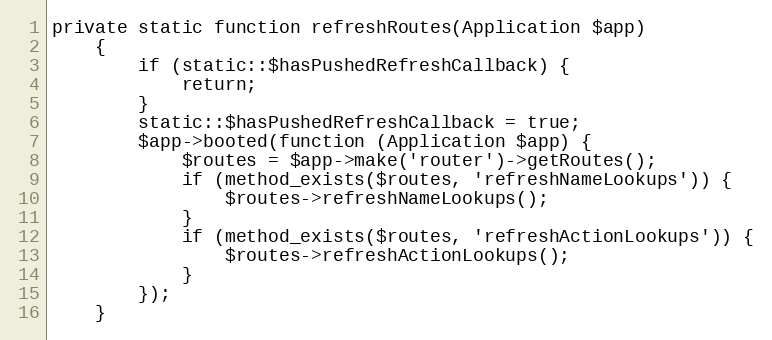
Language: PHP
private static function refreshRoutes(Application $app)
    {
        if (static::$hasPushedRefreshCallback) {
            return;
        }
        static::$hasPushedRefreshCallback = true;
        $app->booted(function (Application $app) {
            $routes = $app->make('router')->getRoutes();
            if (method_exists($routes, 'refreshNameLookups')) {
                $routes->refreshNameLookups();
            }
            if (method_exists($routes, 'refreshActionLookups')) {
                $routes->refreshActionLookups();
            }
        });
    }